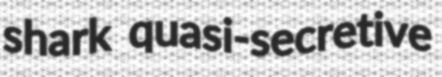
shark quasi-secretive